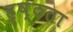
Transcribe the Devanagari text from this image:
हृष्ठता